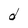
Character: d